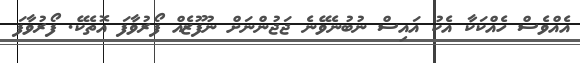
އެއްވެސް ހެއްކަކާ އެކު އައިސް ނުބުނެވޭނެ ޖަޖުންނަށް ނުފޫޒެއް ފޯރުވާފަ އޮތެކޭ. ފޯރުވާފަ